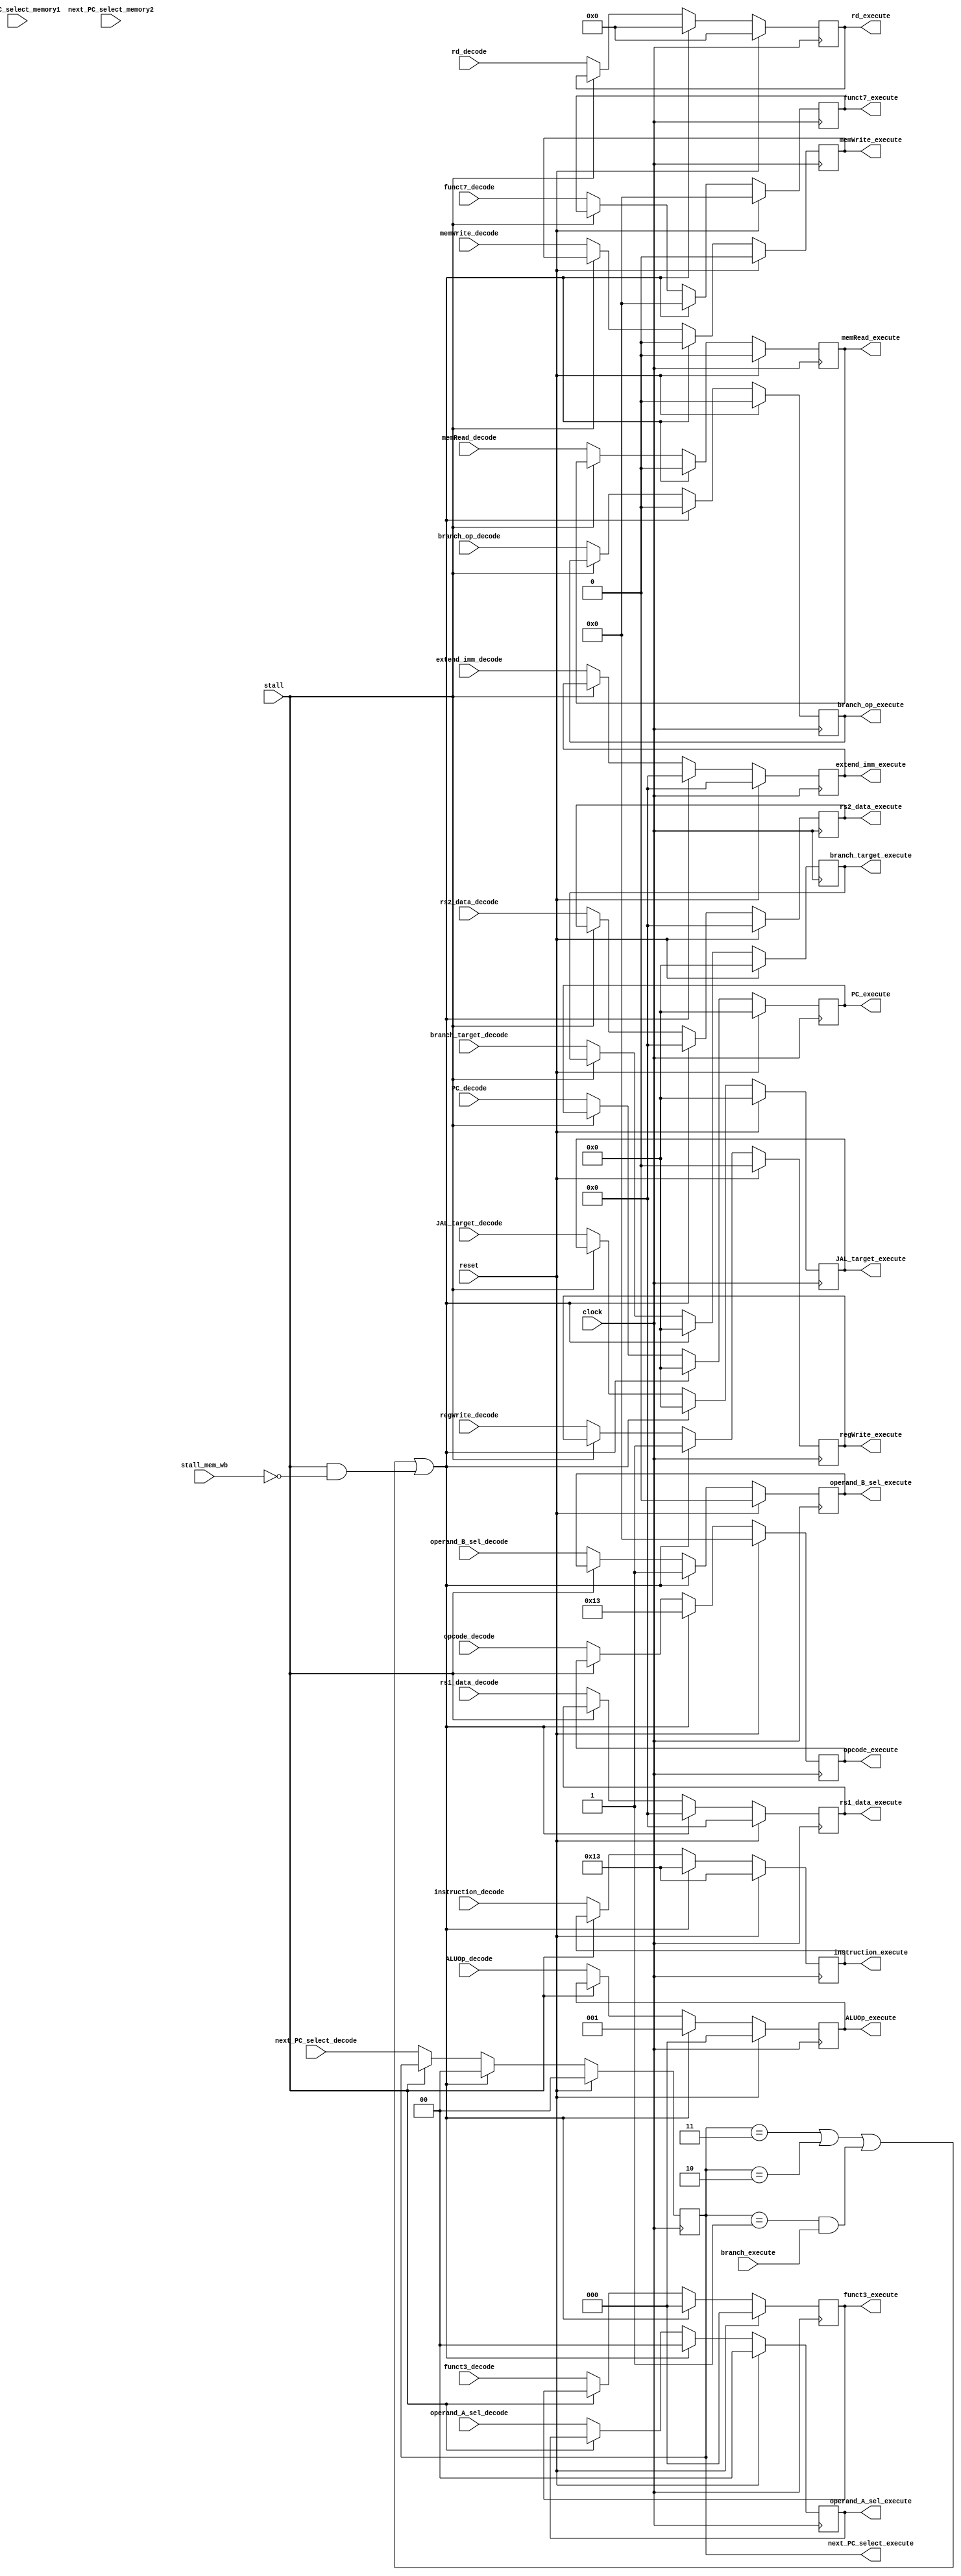
/** @module : decode_pipe_unit
 *  @author : Adaptive & Secure Computing Systems (ASCS) Laboratory
 
 *  Copyright (c) 2018 BRISC-V (ASCS/ECE/BU)
 *  Permission is hereby granted, free of charge, to any person obtaining a copy
 *  of this software and associated documentation files (the "Software"), to deal
 *  in the Software without restriction, including without limitation the rights
 *  to use, copy, modify, merge, publish, distribute, sublicense, and/or sell
 *  copies of the Software, and to permit persons to whom the Software is
 *  furnished to do so, subject to the following conditions:
 *  The above copyright notice and this permission notice shall be included in
 *  all copies or substantial portions of the Software.

 *  THE SOFTWARE IS PROVIDED "AS IS", WITHOUT WARRANTY OF ANY KIND, EXPRESS OR
 *  IMPLIED, INCLUDING BUT NOT LIMITED TO THE WARRANTIES OF MERCHANTABILITY,
 *  FITNESS FOR A PARTICULAR PURPOSE AND NONINFRINGEMENT. IN NO EVENT SHALL THE
 *  AUTHORS OR COPYRIGHT HOLDERS BE LIABLE FOR ANY CLAIM, DAMAGES OR OTHER
 *  LIABILITY, WHETHER IN AN ACTION OF CONTRACT, TORT OR OTHERWISE, ARISING FROM,
 *  OUT OF OR IN CONNECTION WITH THE SOFTWARE OR THE USE OR OTHER DEALINGS IN
 *  THE SOFTWARE.
 */
//////////////////////////////////////////////////////////////////////////////////

module decode_pipe_unit #(
  parameter DATA_WIDTH = 32,
  parameter ADDRESS_BITS = 20
) (
  input clock, reset, stall,
  input [DATA_WIDTH-1:0] rs1_data_decode,
  input [DATA_WIDTH-1:0] rs2_data_decode,
  input [6:0] funct7_decode,
  input [2:0] funct3_decode,
  input [4:0] rd_decode,
  input [6:0] opcode_decode,
  input [DATA_WIDTH-1:0] extend_imm_decode,
  input [ADDRESS_BITS-1:0] branch_target_decode,
  input [ADDRESS_BITS-1:0] JAL_target_decode,
  input [ADDRESS_BITS-1:0] PC_decode,
  input branch_op_decode,
  input memRead_decode,
  input [2:0] ALUOp_decode,
  input memWrite_decode,
  input [1:0] next_PC_select_decode,
  input [1:0] next_PC_select_memory1,
  input [1:0] next_PC_select_memory2,
  input [1:0] operand_A_sel_decode,
  input operand_B_sel_decode,
  input regWrite_decode,
  input [DATA_WIDTH-1:0] instruction_decode,
  input branch_execute,
  input stall_mem_wb,

  output reg [DATA_WIDTH-1:0] rs1_data_execute,
  output reg [DATA_WIDTH-1:0] rs2_data_execute,
  output reg [6:0] funct7_execute,
  output reg [2:0] funct3_execute,
  output reg [4:0] rd_execute,
  output reg [6:0] opcode_execute,
  output reg [DATA_WIDTH-1:0] extend_imm_execute,
  output reg [ADDRESS_BITS-1:0] branch_target_execute,
  output reg [ADDRESS_BITS-1:0] JAL_target_execute,
  output reg [ADDRESS_BITS-1:0] PC_execute,
  output reg branch_op_execute,
  output reg memRead_execute,
  output reg [2:0] ALUOp_execute,
  output reg memWrite_execute,
  output reg [1:0] next_PC_select_execute,
  output reg [1:0] operand_A_sel_execute,
  output reg operand_B_sel_execute,
  output reg regWrite_execute,
  output reg [DATA_WIDTH-1:0] instruction_execute
);

localparam NOP = 32'h00000013;

wire bubble;

// Note: Breaking up stall and next_PC_select conditions into different
// if/else statments added 0.2MHz to Fmax but used ~15 more logic elements.
// For readability, they are combined into a single if condition.
assign bubble = (next_PC_select_execute == 2'b11)                  |
                (next_PC_select_execute == 2'b10)                  |
                (next_PC_select_execute == 2'b01) & branch_execute |
                (stall & ~stall_mem_wb); // not a stall a later stage.

always @(posedge clock) begin
  if(reset) begin
    rs1_data_execute       <= {DATA_WIDTH{1'b0}};
    rs2_data_execute       <= {DATA_WIDTH{1'b0}};
    funct7_execute         <= 7'b0;
    funct3_execute         <= 3'b0;
    rd_execute             <= 5'b0;
    opcode_execute         <= 7'b0;
    extend_imm_execute     <= {DATA_WIDTH{1'b0}};
    branch_target_execute  <= {ADDRESS_BITS{1'b0}};
    JAL_target_execute     <= {ADDRESS_BITS{1'b0}};
    PC_execute             <= {ADDRESS_BITS{1'b0}};
    branch_op_execute      <= 1'b0;
    memRead_execute        <= 1'b0;
    ALUOp_execute          <= 3'b0;
    memWrite_execute       <= 1'b0;
    next_PC_select_execute <= 2'b0;
    operand_A_sel_execute  <= 2'b0;
    operand_B_sel_execute  <= 1'b0;
    regWrite_execute       <= 1'b0;
    instruction_execute    <= NOP;
  end else if(bubble) begin
    // Send ADDI zero zero 0
    rs1_data_execute       <= 5'd0;
    rs2_data_execute       <= 5'd0;
    funct7_execute         <= 7'd0;
    funct3_execute         <= 3'd0;
    rd_execute             <= 5'd0;
    opcode_execute         <= 7'h13; // ADDi
    branch_target_execute  <= {ADDRESS_BITS{1'b0}};
    JAL_target_execute     <= {ADDRESS_BITS{1'b0}};
    branch_op_execute      <= 1'b0;
    memRead_execute        <= 1'b0;
    ALUOp_execute          <= 3'd1; // I type
    memWrite_execute       <= 1'b0;
    next_PC_select_execute <= 2'd0;
    operand_A_sel_execute  <= 2'd0;
    operand_B_sel_execute  <= 1'b1; // 1 for I type
    regWrite_execute       <= 1'b1; // Decoded as 1, regfile prevents actual write
    extend_imm_execute     <= {DATA_WIDTH{1'b0}};
    PC_execute             <= {ADDRESS_BITS{1'b0}}; // should be held constant in fetch
    instruction_execute    <= NOP;
  end else if(stall) begin
    rs1_data_execute       <= rs1_data_execute;
    rs2_data_execute       <= rs2_data_execute;
    funct7_execute         <= funct7_execute;
    funct3_execute         <= funct3_execute;
    rd_execute             <= rd_execute;
    opcode_execute         <= opcode_execute;
    branch_target_execute  <= branch_target_execute;
    JAL_target_execute     <= JAL_target_execute;
    branch_op_execute      <= branch_op_execute;
    memRead_execute        <= memRead_execute;
    ALUOp_execute          <= ALUOp_execute;
    memWrite_execute       <= memWrite_execute;
    next_PC_select_execute <= next_PC_select_execute;
    operand_A_sel_execute  <= operand_A_sel_execute;
    operand_B_sel_execute  <= operand_B_sel_execute;
    regWrite_execute       <= regWrite_execute;
    extend_imm_execute     <= extend_imm_execute;
    PC_execute             <= PC_execute;
    instruction_execute    <= instruction_execute;
  end else begin
    rs1_data_execute       <= rs1_data_decode;
    rs2_data_execute       <= rs2_data_decode;
    funct7_execute         <= funct7_decode;
    funct3_execute         <= funct3_decode;
    rd_execute             <= rd_decode;
    opcode_execute         <= opcode_decode;
    branch_target_execute  <= branch_target_decode;
    JAL_target_execute     <= JAL_target_decode;
    branch_op_execute      <= branch_op_decode;
    memRead_execute        <= memRead_decode;
    ALUOp_execute          <= ALUOp_decode;
    memWrite_execute       <= memWrite_decode;
    next_PC_select_execute <= next_PC_select_decode;
    operand_A_sel_execute  <= operand_A_sel_decode;
    operand_B_sel_execute  <= operand_B_sel_decode;
    regWrite_execute       <= regWrite_decode;
    extend_imm_execute     <= extend_imm_decode;
    PC_execute             <= PC_decode;
    // For Debugging
    instruction_execute    <= instruction_decode;
  end
end

endmodule